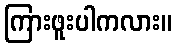
ကြားဖူးပါကလား။